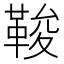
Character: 𩊻